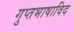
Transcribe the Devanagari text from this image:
गुप्तभाषाविद